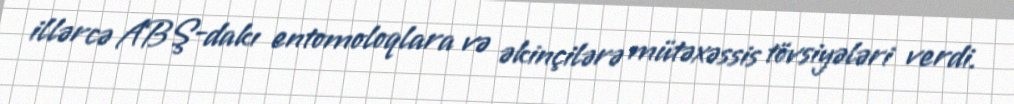
illərcə ABŞ-dakı entomoloqlara və əkinçilərə mütəxəssis tövsiyələri verdi.